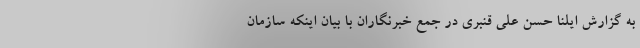
به گزارش ایلنا حسن علی قنبری در جمع خبرنگاران با بیان اینکه سازمان